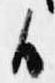
候